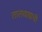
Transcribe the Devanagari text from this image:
तालवाद्याची